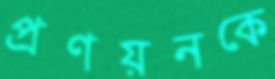
প্রণয়নকে